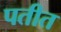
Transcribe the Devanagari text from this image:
पतीत